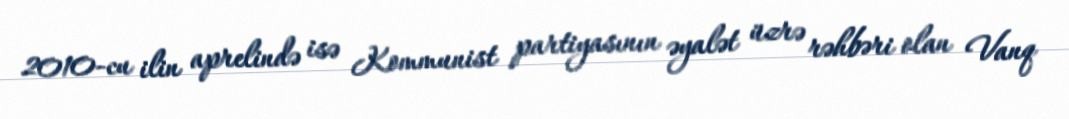
2010-cu ilin aprelində isə Kommunist partiyasının əyalət üzrə rəhbəri olan Vanq